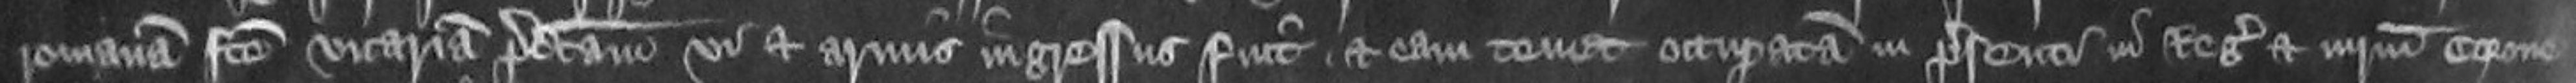
romanam facte vicariam predictam vi et armis ingressus fuit et eam tenet occupatam in presenti in Regis et iniuriam Corone